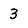
Character: 3